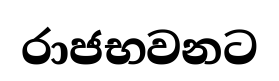
රාජභවනට